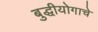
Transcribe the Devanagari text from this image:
बुद्धीयोगाचे